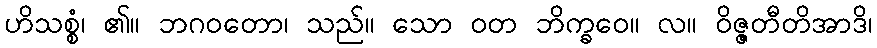
ဟိသစ္စံ၊ ၏။ ဘဂဝတော၊ သည်။ သော ဝတ ဘိက္ခဝေ။ လ။ ဝိဇ္ဇတီတိအာဒိ၊